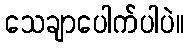
သေချာပေါက်ပါပဲ။